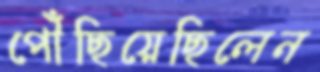
পৌঁছিয়েছিলেন